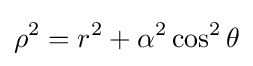
\rho ^{2}=r^{2}+\alpha ^{2}\cos ^{2}\theta